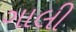
ગાલી